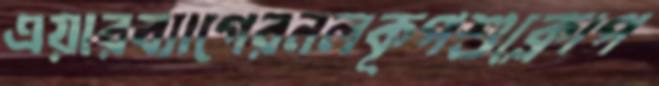
এয়ারব্যাগেরনলকূপশুক্লোপ